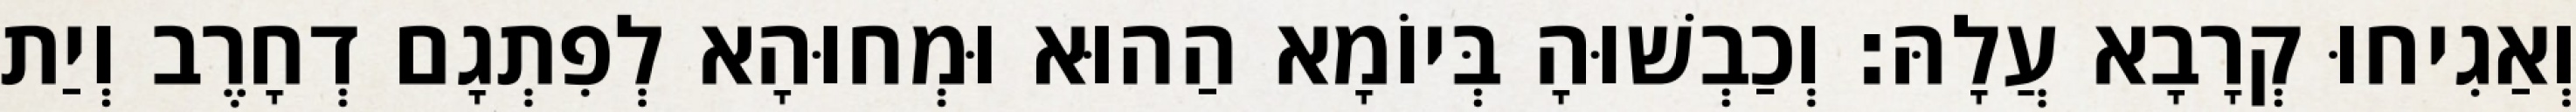
וְאַגִיחוּ קְרָבָא עֲלָהּ׃ וְכַבְשׁוּהָ בְּיוֹמָא הַהוּא וּמְחוּהָא לְפִתְגָם דְחָרֶב וְיַת